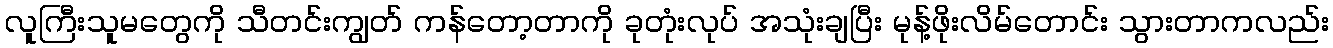
လူကြီးသူမတွေကို သီတင်းကျွတ် ကန်တော့တာကို ခုတုံးလုပ် အသုံးချပြီး မုန့်ဖိုးလိမ်တောင်း သွားတာကလည်း